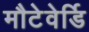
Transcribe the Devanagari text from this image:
मौटेवेर्डि